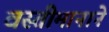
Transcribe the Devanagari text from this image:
वस्तीमानाने